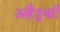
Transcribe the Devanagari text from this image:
अहैतुकी